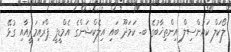
ލޯކަލް ކައުންސިލް އިންތިޚާބުގެ ބ. ކަމަދޫ ބައި އިލެކްޝަންގެ އެމްޑީޕީ ޕްރައިމަރީއާއި ގުޅޭ